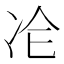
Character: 𠖸